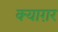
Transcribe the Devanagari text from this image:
क्याग़र